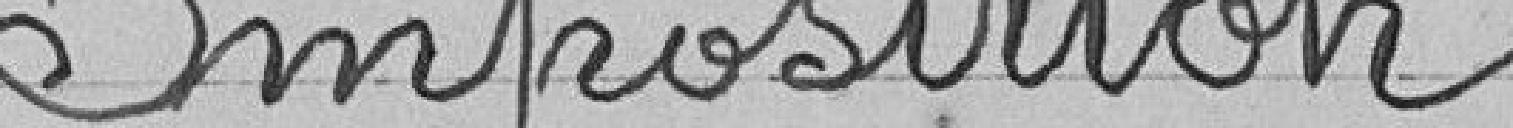
Imposition